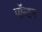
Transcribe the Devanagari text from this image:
पॉन्टन